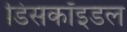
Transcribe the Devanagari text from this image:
डिसकॉइडल